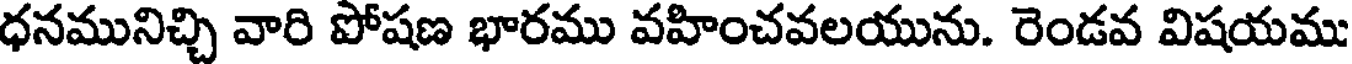
ధనమునిచ్చి వారి పోషణ భారము వహించవలయును. రెండవ విషయము